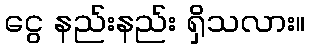
ငွေ နည်းနည်း ရှိသလား။